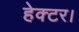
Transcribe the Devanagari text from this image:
हेक्‍टर।